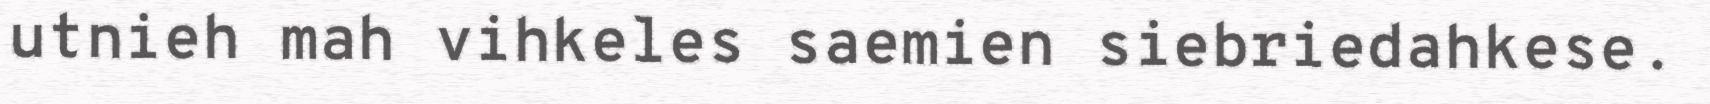
utnieh mah vihkeles saemien siebriedahkese.